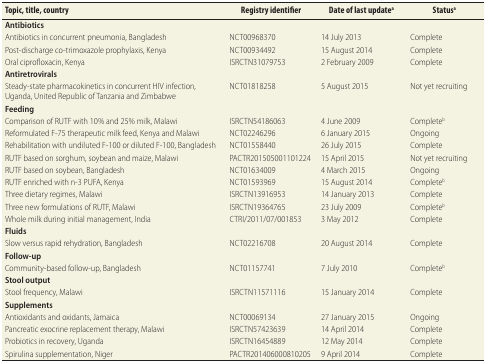
<table><thead><tr><td><b>Topic, title, country</b></td><td><b>Registry identifier</b></td><td><b>Date of last update<sup>a</sup></b></td><td><b>Status<sup>a</sup></b></td></tr></thead><tbody><tr><td><b>Antibiotics</b></td><td></td><td></td><td></td></tr><tr><td>Antibiotics in concurrent pneumonia, Bangladesh</td><td>NCT00968370</td><td>14 July 2013</td><td>Complete</td></tr><tr><td>Post-discharge co-trimoxazole prophylaxis, Kenya</td><td>NCT00934492</td><td>15 August 2014</td><td>Complete</td></tr><tr><td>Oral ciprofloxacin, Kenya</td><td>ISRCTN31079753</td><td>2 February 2009</td><td>Complete</td></tr><tr><td><b>Antiretrovirals</b></td><td></td><td></td><td></td></tr><tr><td>Steady-state pharmacokinetics in concurrent HIV infection, Uganda, United Republic of Tanzania and Zimbabwe</td><td>NCT01818258</td><td>5 August 2015</td><td>Not yet recruiting</td></tr><tr><td><b>Feeding</b></td><td></td><td></td><td></td></tr><tr><td>Comparison of RUTF with 10% and 25% milk, Malawi</td><td>ISRCTN54186063</td><td>4 June 2009</td><td>Complete<sup>b</sup></td></tr><tr><td>Reformulated F-75 therapeutic milk feed, Kenya and Malawi</td><td>NCT02246296</td><td>6 January 2015</td><td>Ongoing</td></tr><tr><td>Rehabilitation with undiluted F-100 or diluted F-100, Bangladesh</td><td>NCT01558440</td><td>26 July 2015</td><td>Complete</td></tr><tr><td>RUTF based on sorghum, soybean and maize, Malawi</td><td>PACTR201505001101224</td><td>15 April 2015</td><td>Not yet recruiting</td></tr><tr><td>RUTF based on soybean, Bangladesh</td><td>NCT01634009</td><td>4 March 2015</td><td>Ongoing</td></tr><tr><td>RUTF enriched with n-3 PUFA, Kenya</td><td>NCT01593969</td><td>15 August 2014</td><td>Complete<sup>b</sup></td></tr><tr><td>Three dietary regimes, Malawi</td><td>ISRCTN13916953</td><td>14 January 2013</td><td>Complete</td></tr><tr><td>Three new formulations of RUTF, Malawi</td><td>ISRCTN19364765</td><td>23 July 2009</td><td>Complete<sup>b</sup></td></tr><tr><td>Whole milk during initial management, India</td><td>CTRI/2011/07/001853</td><td>3 May 2012</td><td>Complete</td></tr><tr><td><b>Fluids</b></td><td></td><td></td><td></td></tr><tr><td>Slow versus rapid rehydration, Bangladesh</td><td>NCT02216708</td><td>20 August 2014</td><td>Complete</td></tr><tr><td><b>Follow-up</b></td><td></td><td></td><td></td></tr><tr><td>Community-based follow-up, Bangladesh</td><td>NCT01157741</td><td>7 July 2010</td><td>Complete<sup>b</sup></td></tr><tr><td><b>Stool output</b></td><td></td><td></td><td></td></tr><tr><td>Stool frequency, Malawi</td><td>ISRCTN11571116</td><td>15 January 2014</td><td>Complete</td></tr><tr><td><b>Supplements</b></td><td></td><td></td><td></td></tr><tr><td>Antioxidants and oxidants, Jamaica</td><td>NCT00069134</td><td>27 January 2015</td><td>Ongoing</td></tr><tr><td>Pancreatic exocrine replacement therapy, Malawi</td><td>ISRCTN57423639</td><td>14 April 2014</td><td>Complete</td></tr><tr><td>Probiotics in recovery, Uganda</td><td>ISRCTN16454889</td><td>12 May 2014</td><td>Complete</td></tr><tr><td>Spirulina supplementation, Niger</td><td>PACTR201406000810205</td><td>9 April 2014</td><td>Complete</td></tr></tbody></table>